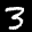
Label: 3